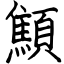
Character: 顦